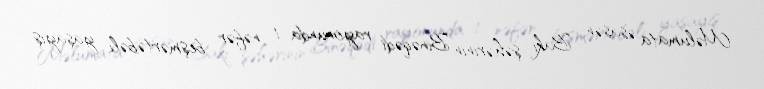
Məlumata əsasən, Bakı şəhərinin Binəqədi rayonunda 1 nəfər beşmərtəbəli yaşayış